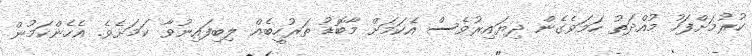
ކުރުމަށްފަހު މުއްދަތު ހަމަވެގެން ދިޔައިރުވެސް އެކަމަށް މާބޮޑު ތަރުހީބެއް ލިބިފައިނުވާ ކަމަށެވެ. އެހެންކަމުން